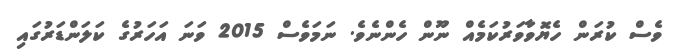
ވެސް ކުރަން ހެޔޮވާވަރުކަމެއް ނޫން ހެންނެވެ. ނަމަވެސް 2015 ވަނަ އަހަރުގެ ކަލަންޑަރުގައި